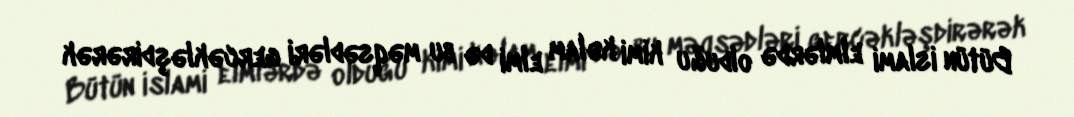
Bütün islami elmlərdə olduğu kimi kəlam elmi də bu məqsədləri gercəkləşdirərək